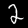
Label: 2